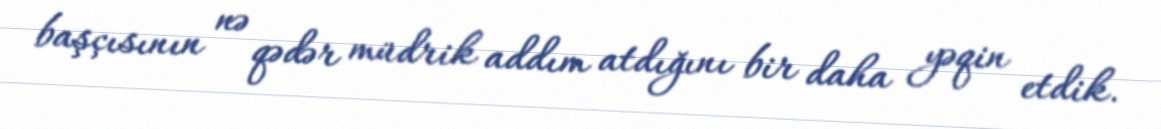
başçısının nə qədər müdrik addım atdığını bir daha yəqin etdik.